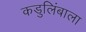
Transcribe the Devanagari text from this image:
कडुलिंबाला